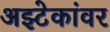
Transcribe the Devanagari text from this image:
अझ्टेकांवर